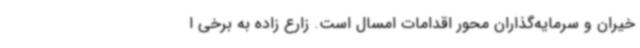
خیران و سرمایه‌گذاران محور اقدامات امسال است. زارع زاده به برخی ا